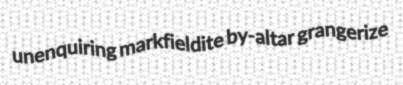
unenquiring markfieldite by-altar grangerize